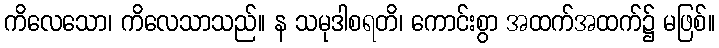
ကိလေသော၊ ကိလေသာသည်။ န သမုဒါစရတိ၊ ကောင်းစွာ အထက်အထက်၌ မဖြစ်။